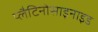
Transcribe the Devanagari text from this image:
प्लैटिनोसाइनाइड